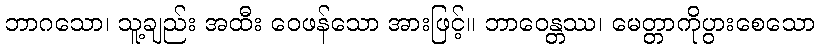
ဘာဂသော၊ သူ့ချည်း အထီး ဝေဖန်သော အားဖြင့်။ ဘာဝေန္တဿ၊ မေတ္တာကိုပွားစေသော